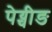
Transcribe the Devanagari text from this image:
पेय्चीङ